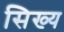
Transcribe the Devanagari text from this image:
सिख्य